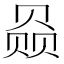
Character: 赑